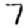
Digit: 7